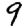
Digit: 9